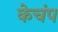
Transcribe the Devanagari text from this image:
केचंप